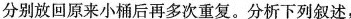
分别放回原来小桶后再多次重复。分析下列叙述，